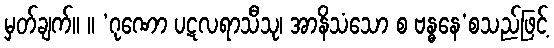
မှတ်ချက်။ ။ ‘ဂုဏော ပဋလရာသီသု၊ အာနိသံသော စ ဗန္ဓနေ’စသည်ဖြင့်